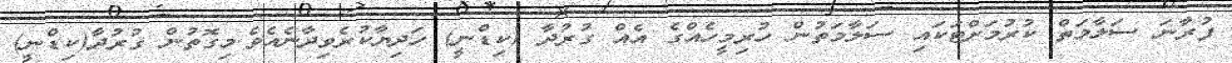
ފުރާނަ ސަލާމަތް ކުރުމަށްޓަކައި ސަލާމަތުން ހުރިމީހެއްގެ އެއް ގުރުދާ (ކިޑްނީ) ހަދިޔާކުރެވިދާނެއެވެ.މިގޮތުން ގުރުދާ(ކިޑްނީ)